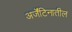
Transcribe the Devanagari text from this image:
अर्जेंटिनातील